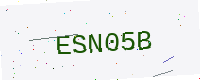
Text: ESN05B